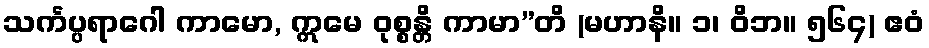
သင်္ကပ္ပရာဂေါ ကာမော, ဣမေ ဝုစ္စန္တိ ကာမာ”တိ (မဟာနိ။ ၁၊ ဝိဘ။ ၅၆၄) ဧဝံ